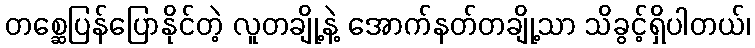
တစ္ဆေပြန်ပြောနိုင်တဲ့ လူတချို့နဲ့ အောက်နတ်တချို့သာ သိခွင့်ရှိပါတယ်၊